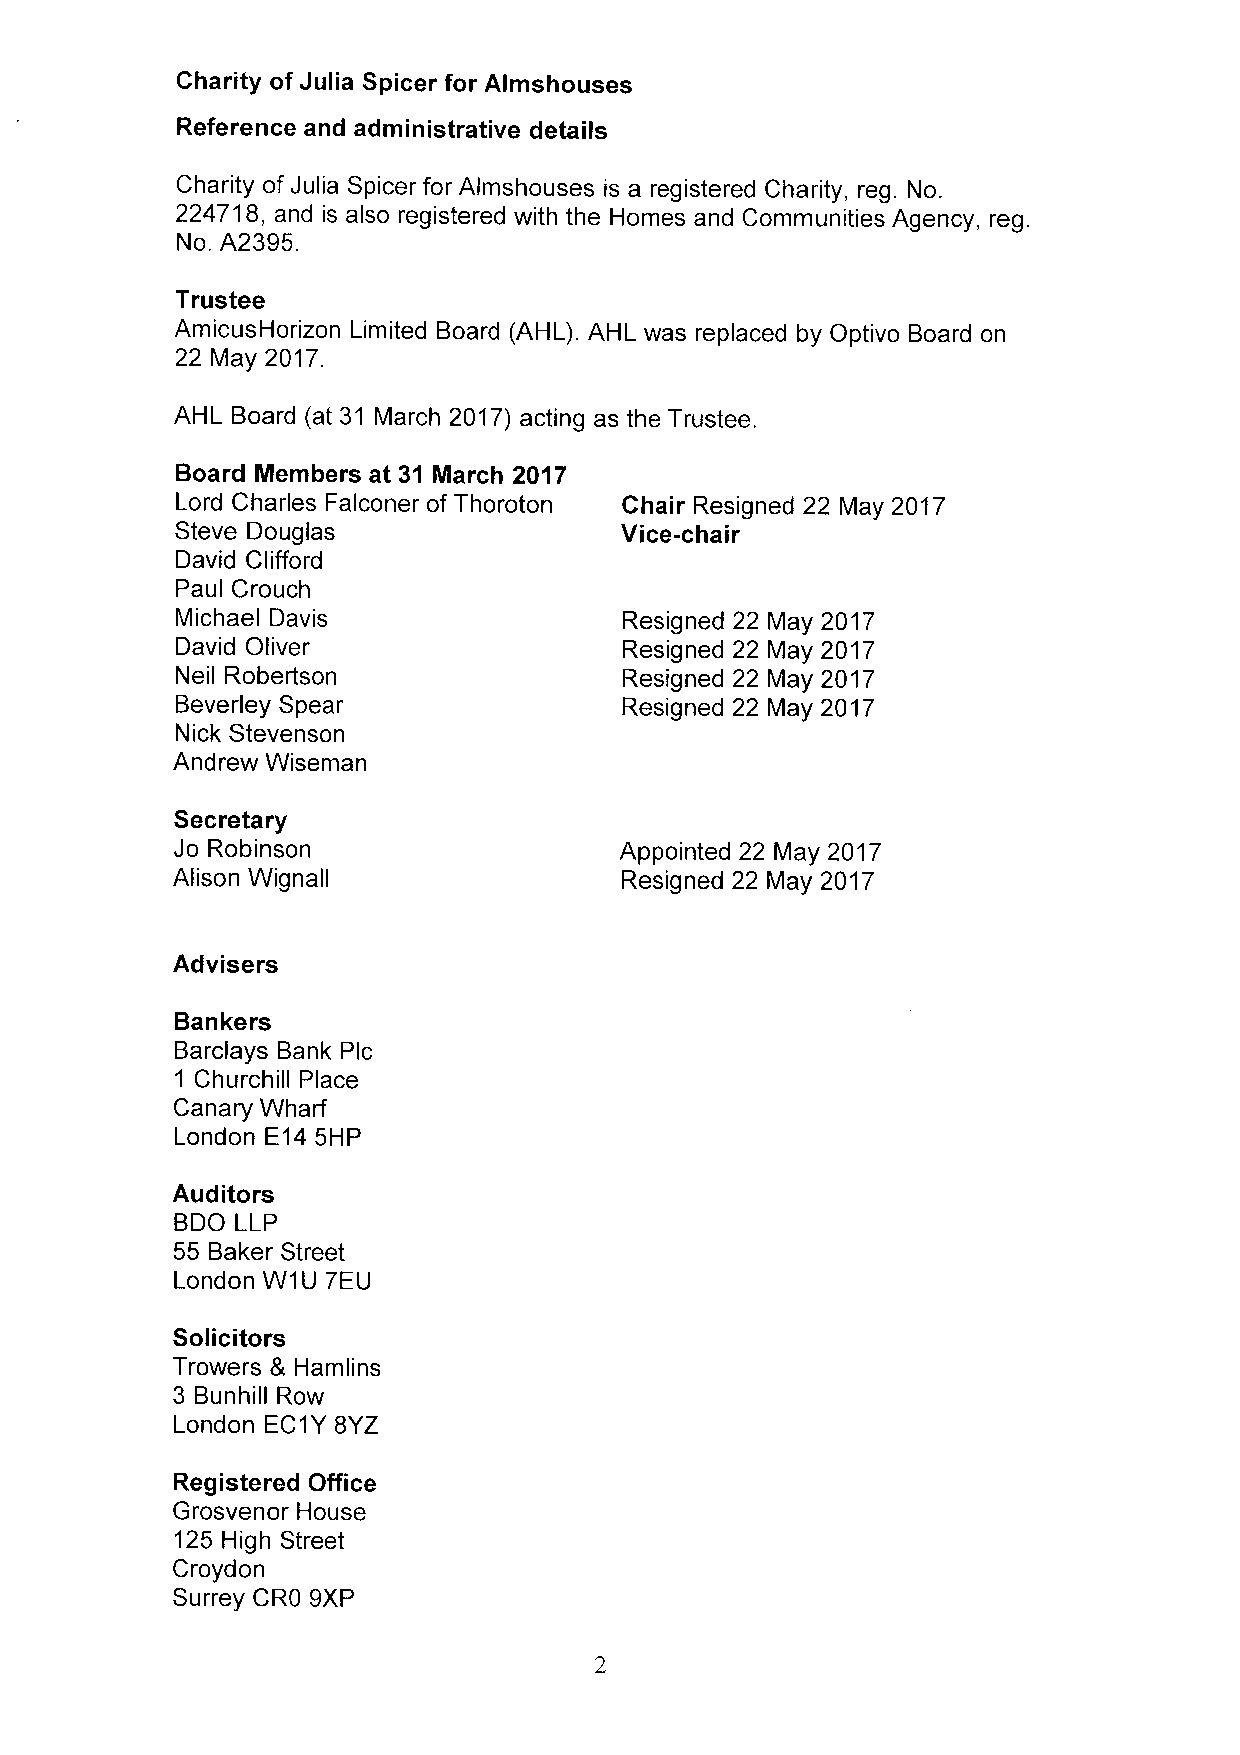
Charity of Julia Spicer for Almshouses
 Reference and administrative details
 Charity of Julia Spicer for Almshouses is a registered Charity, reg. No.
 224718, and is also registered with the Homes and Communities Agency, reg.
 No. A2395.
 Trustee
 AmicusHorizon Limited Board (AHL). AHL was replaced by Optivo Board on
 22 May 2017.
 AHL Board (at 31 March 2017) acting as the Trustee.
 Board Members at 31 March 2017
 Lord Charles Falconer of Thoroton Chair Resigned 22 May 2017
 Steve Douglas                Vice-chair
 David Clifford
 Paul Crouch
 Michael Davis                Resigned 22 May 2017
 David Oliver                 Resigned 22 May 2017
 Neil Robertson               Resigned 22 May 2017
 Beverley Spear               Resigned 22 May 2017
 Nick Stevenson
 Andrew Wiseman
 Secretary
 Jo Robinson                  Appointed 22 May 2017
 Alison Wignall                Resigned 22 May 2017
 Advisers
 Bankers
 Barclays Bank Plc
 1 Churchill Place
 Canary Wharf
 London E14 5HP
 Auditors
 BDO LLP
 55 Baker Street
 London W1U 7EU
 Solicitors
 Trowers 8 Hamlins
 3 Bunhill Row
 London EC1Y8YZ
 Registered Office
 Grosvenor House
 125 High Street
 Croydon
 Surrey CRO 9XP